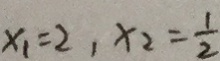
x _ { 1 } = 2 , x _ { 2 } = \frac { 1 } { 2 }